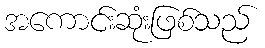
အကောင်းဆုံးဖြစ်သည်